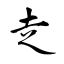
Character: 赱